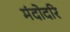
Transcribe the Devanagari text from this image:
मंदोदरि